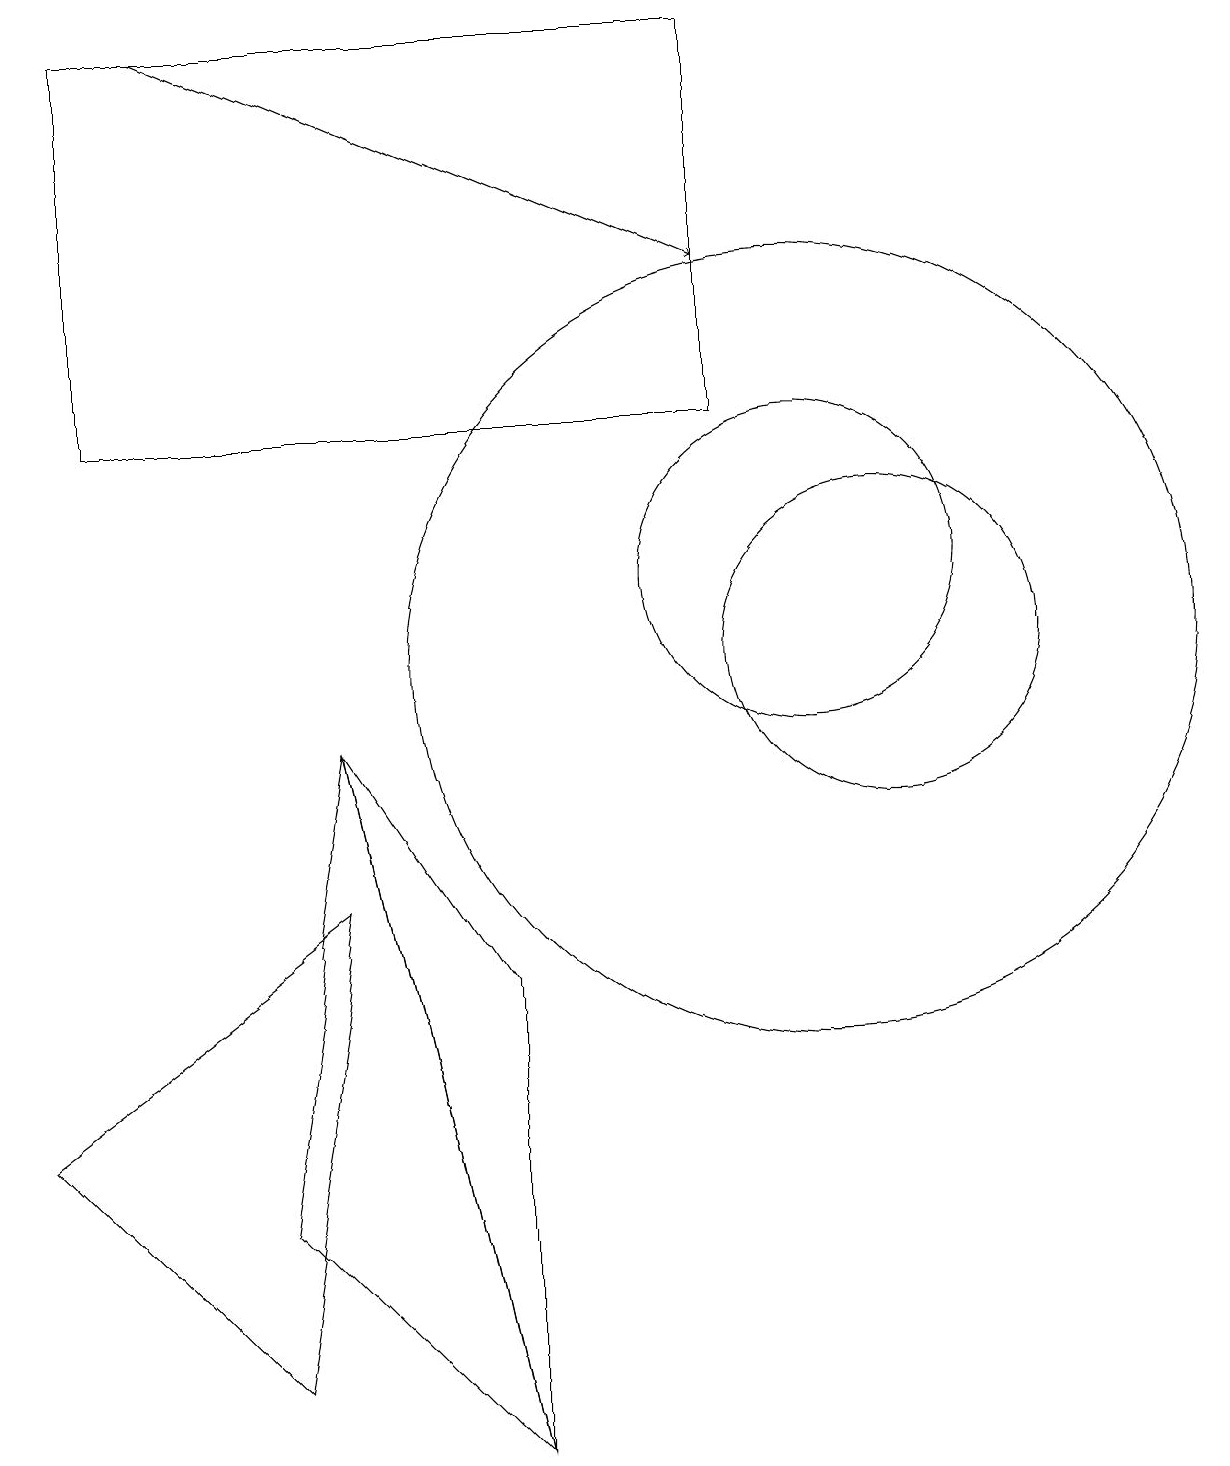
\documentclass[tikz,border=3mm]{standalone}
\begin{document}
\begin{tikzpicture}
\draw (1,18) rectangle (9,13);
\draw (11,10) circle (2);
\draw[->] (2,18) -- (9,15);
\draw (10,10) circle (5);
\draw (10,11) circle (2);
\draw (6,0) -- (3,3) -- (4,9) -- cycle;
\draw (4,9) -- (6,6) -- (6,0) -- cycle;
\draw (4,7) -- (0,4) -- (3,1) -- cycle;
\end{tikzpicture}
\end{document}